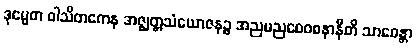
ဒုမ္မေဓာ ဝါသိတကေန အဇ္ဈတ္တသံယောဇနဉ္စ အညမညဝေဝစနာနီတိ သာဓေန္တာ